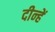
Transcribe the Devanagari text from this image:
दीन्‍हें